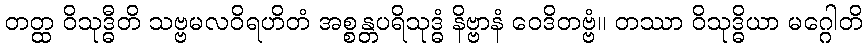
တတ္ထ ဝိသုဒ္ဓီတိ သဗ္ဗမလဝိရဟိတံ အစ္စန္တပရိသုဒ္ဓံ နိဗ္ဗာနံ ဝေဒိတဗ္ဗံ။ တဿာ ဝိသုဒ္ဓိယာ မဂ္ဂေါတိ